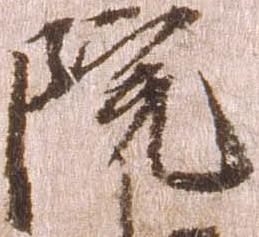
院